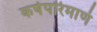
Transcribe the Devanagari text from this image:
कर्षपरिमाणं